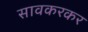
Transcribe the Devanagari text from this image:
सावकरकर